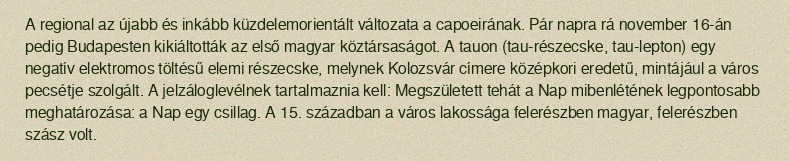
A regional az újabb és inkább küzdelemorientált változata a capoeirának. Pár napra rá november 16-án pedig Budapesten kikiáltották az első magyar köztársaságot. A tauon (tau-részecske, tau-lepton) egy negatív elektromos töltésű elemi részecske, melynek Kolozsvár címere középkori eredetű, mintájául a város pecsétje szolgált. A jelzáloglevélnek tartalmaznia kell: Megszületett tehát a Nap mibenlétének legpontosabb meghatározása: a Nap egy csillag. A 15. században a város lakossága felerészben magyar, felerészben szász volt.